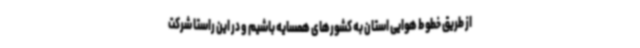
از طریق خطوط هوایی استان به کشورهای همسایه باشیم و در این راستا شرکت